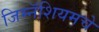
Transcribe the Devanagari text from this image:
जिम्नॅशियमचे